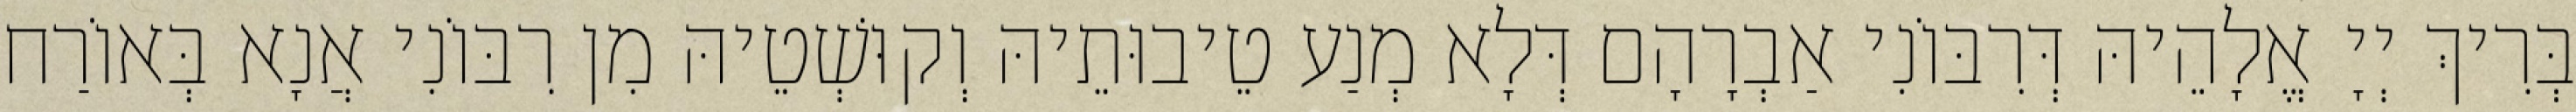
בְּרִיךְ יְיָ אֱלָהֵיהּ דְּרִבּוֹנִי אַבְרָהָם דְּלָא מְנַע טֵיבוּתֵיהּ וְקוּשְׁטֵיהּ מִן רִבּוֹנִי אֲנָא בְּאוֹרַח